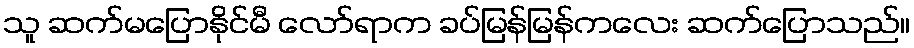
သူ ဆက်မပြောနိုင်မီ လော်ရာက ခပ်မြန်မြန်ကလေး ဆက်ပြောသည်။